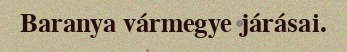
Baranya vármegye járásai.